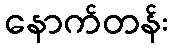
နောက်တန်း